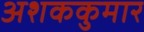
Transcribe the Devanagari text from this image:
अशककुमार